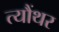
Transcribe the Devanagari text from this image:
त्यौंथर